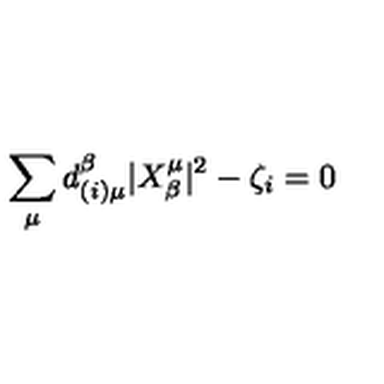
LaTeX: \sum _ { \mu } d _ { ( i ) \mu } ^ { \beta } | X _ { \beta } ^ { \mu } | ^ { 2 } - \zeta _ { i } = 0